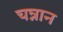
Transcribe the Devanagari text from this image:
चन्नान